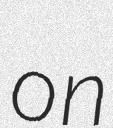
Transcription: on